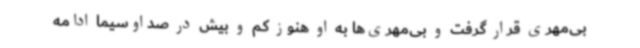
بی‌مهری قرار گرفت و بی‌مهری‌ها به او هنوز کم و بیش در صداوسیما ادامه